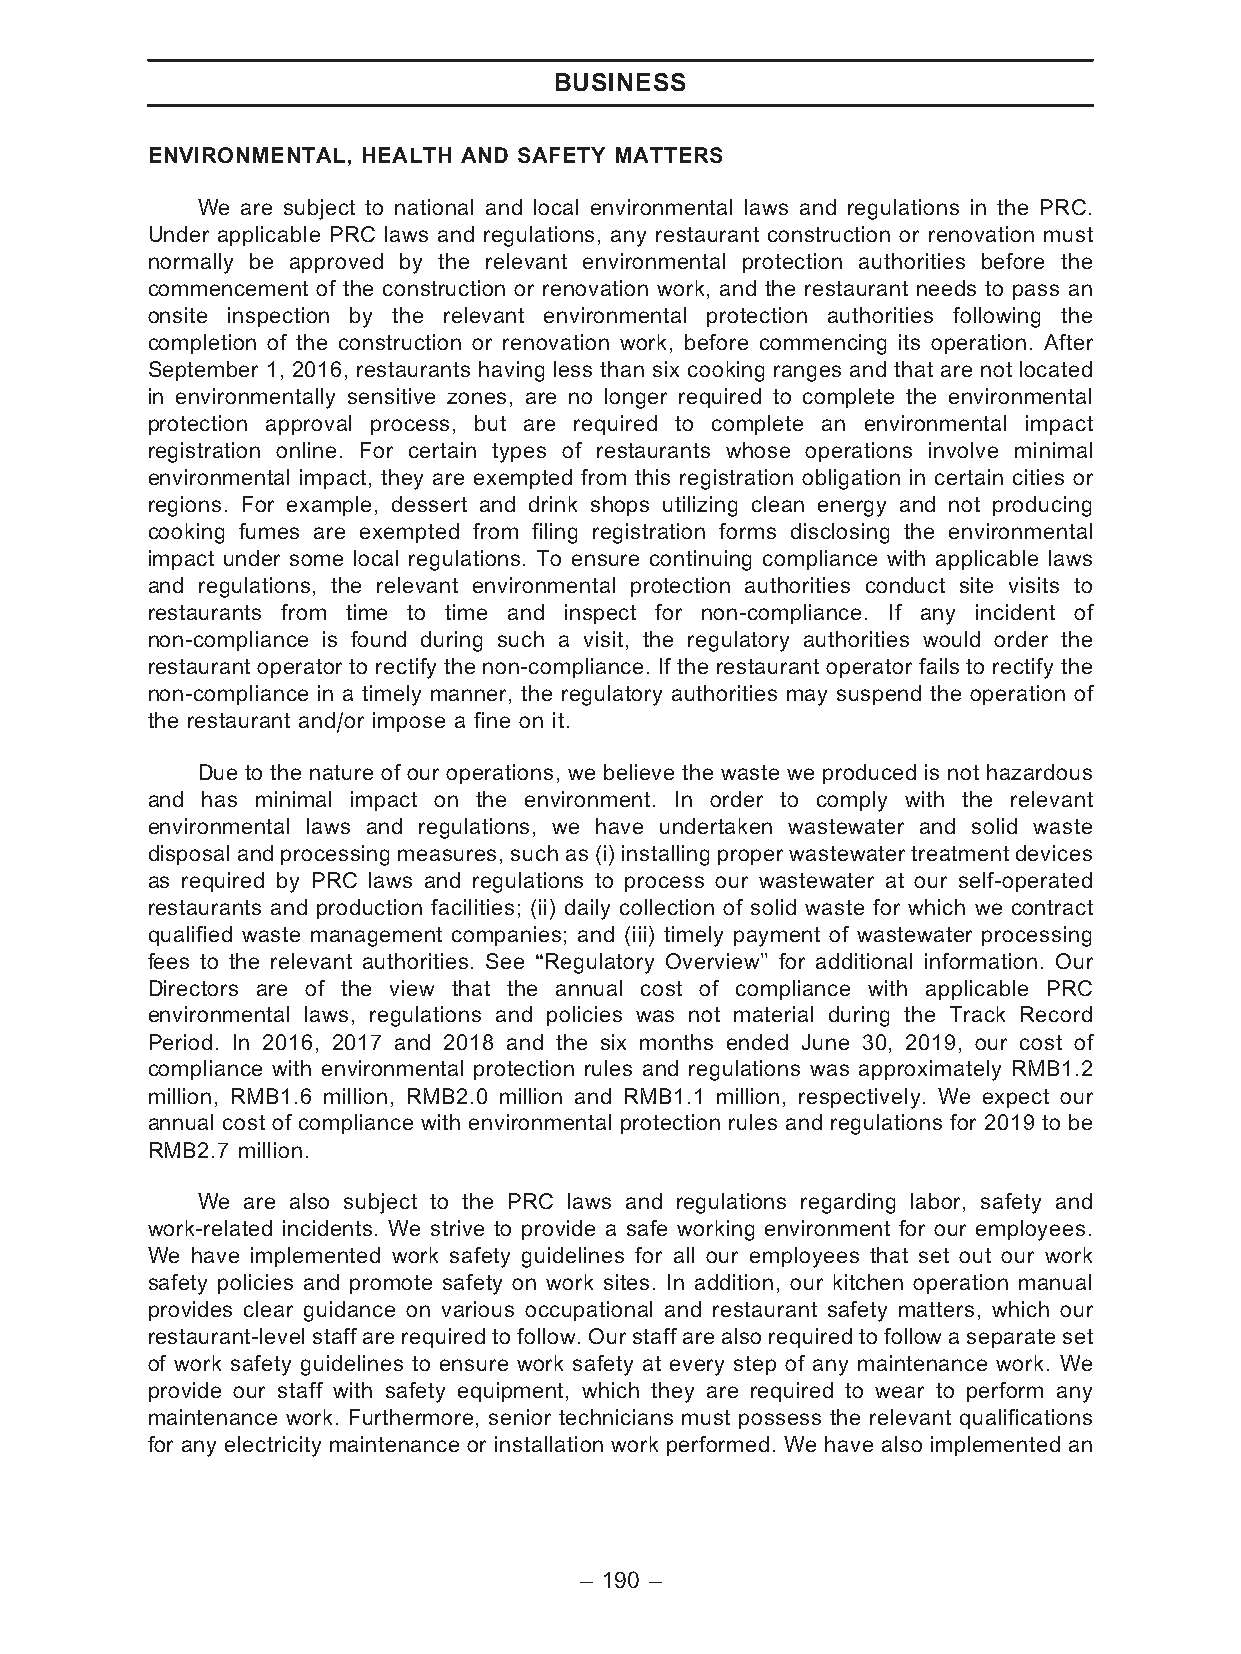
BUSINESS
 ENVIRONMENTAL, HEALTH AND SAFETY MATTERS
 We are subject to national and local environmental laws and regulations in the PRC.
 Under applicable PRC laws and regulations, any restaurant construction or renovation must
 normally be approved by the relevant environmental protection authorities before the
 commencement of the construction or renovation work, and the restaurant needs to pass an
 onsite inspection by the relevant environmental protection authorities following the
 completion of the construction or renovation work, before commencing its operation. After
 September 1, 2016, restaurants having less than six cooking ranges and that are not located
 in environmentally sensitive zones, are no longer required to complete the environmental
 protection approval process, but are required to complete an environmental impact
 registration online. For certain types of restaurants whose operations involve minimal
 environmental impact, they are exempted from this registration obligation in certain cities or
 regions. For example, dessert and drink shops utilizing clean energy and not producing
 cooking fumes are exempted from filing registration forms disclosing the environmental
 impact under some local regulations. To ensure continuing compliance with applicable laws
 and regulations, the relevant environmental protection authorities conduct site visits to
 restaurants from time to time and inspect for non-compliance. If any incident of
 non-compliance is found during such a visit, the regulatory authorities would order the
 restaurant operator to rectify the non-compliance. If the restaurant operator fails to rectify the
 non-compliance in a timely manner, the regulatory authorities may suspend the operation of
 the restaurant and/or impose a fine on it.
 Due to the nature of our operations, we believe the waste we produced is not hazardous
 and has minimal impact on the environment. In order to comply with the relevant
 environmental laws and regulations, we have undertaken wastewater and solid waste
 disposalandprocessingmeasures,suchas(i)installingproperwastewatertreatment devices
 as required by PRC laws and regulations to process our wastewater at our self-operated
 restaurants and production facilities; (ii) daily collection of solid waste for which we contract
 qualified waste management companies; and (iii) timely payment of wastewater processing
 fees to the relevant authorities. See ‘‘Regulatory Overview’’ for additional information. Our
 Directors are of the view that the annual cost of compliance with applicable PRC
 environmental laws, regulations and policies was not material during the Track Record
 Period. In 2016, 2017 and 2018 and the six months ended June 30, 2019, our cost of
 compliance with environmental protection rules and regulations was approximately RMB1.2
 million, RMB1.6 million, RMB2.0 million and RMB1.1 million, respectively. We expect our
 annual cost of compliance with environmental protection rules and regulations for 2019 to be
 RMB2.7 million.
 We are also subject to the PRC laws and regulations regarding labor, safety and
 work-related incidents. We strive to provide a safe working environment for our employees.
 We have implemented work safety guidelines for all our employees that set out our work
 safety policies and promote safety on work sites. In addition, our kitchen operation manual
 provides clear guidance on various occupational and restaurant safety matters, which our
 restaurant-levelstaff arerequiredtofollow.Ourstaffarealsorequiredtofollowaseparateset
 of work safety guidelines to ensure work safety at every step of any maintenance work. We
 provide our staff with safety equipment, which they are required to wear to perform any
 maintenance work. Furthermore, senior technicians must possess the relevant qualifications
 for any electricity maintenance or installation work performed. We have also implemented an
 – 190 –